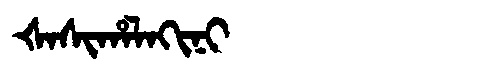
Manchu: ᡧᠠᠰᡳᡥᠠᠯᠠᡴᡳᠨᡳ
Romanization: ŠASIHALAKINI